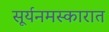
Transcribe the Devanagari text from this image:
सूर्यनमस्कारात